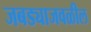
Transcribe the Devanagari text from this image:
जबड्याजवळील